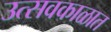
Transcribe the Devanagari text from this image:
उत्सवकाळात